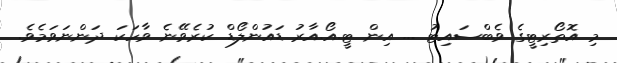
މި އޮތޯރިޓީގެ ވެބްސައިޓު ... އިން ޓީ.އޯ.އާރު ޑައުންލޯޑް ކުރެވޭނެ ވާހަކަ ދަންނަވަމެވެ.